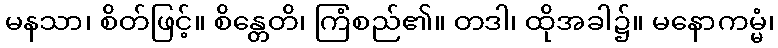
မနသာ၊ စိတ်ဖြင့်။ စိန္တေတိ၊ ကြံစည်၏။ တဒါ၊ ထိုအခါ၌။ မနောကမ္မံ၊